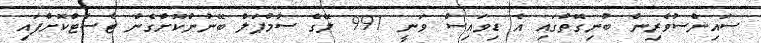
ސައިންސުވެރިން ބުނިގޮތުގައި އެ ޑިވައިސް ވަނީ 991 ލޭގެ ސާމްޕަލް ބޭނުންކޮށްގެން ޓެސްޓްކޮށްފައި